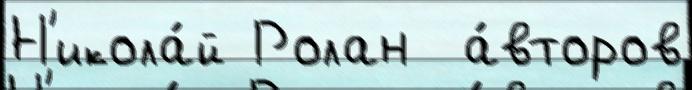
Н'икола́й Ролан  а́второв